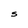
Character: S